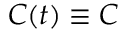
C ( t ) \equiv C